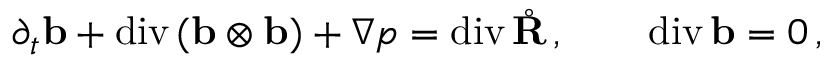
\partial _ { t } \ensuremath { \mathbf { b } } + \ensuremath { \mathrm { d i v \, } } ( \ensuremath { \mathbf { b } } \otimes \ensuremath { \mathbf { b } } ) + \nabla p = \ensuremath { \mathrm { d i v \, } } \mathring { \mathbf { R } } \, , \qquad \ensuremath { \mathrm { d i v \, } } \ensuremath { \mathbf { b } } = 0 \, ,